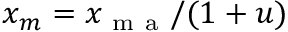
x _ { m } = x _ { \mathrm { ~ m ~ a ~ } } / ( 1 + u )